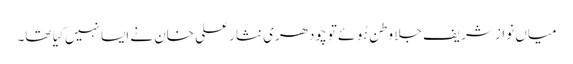
میاں نواز شریف جلا وطن ہُوئے تو چودھری نثار علی خان نے ایسا نہیں کِیا تھا۔